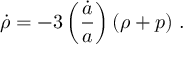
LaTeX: \dot { \rho } = - 3 \left( { \frac { \dot { a } } { a } } \right) ( \rho + p ) \; .